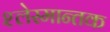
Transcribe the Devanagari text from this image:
श्लेस्मान्तक